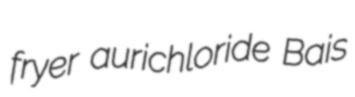
fryer aurichloride Bais